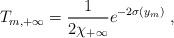
LaTeX: \begin{align*}T_{m, +\infty} = {1 \over\displaystyle {2 \chi_{+\infty}}} e^{-2 \sigma (y_{m})} ~,~ \,\end{align*}